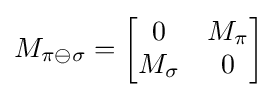
M_{\pi \ominus \sigma }={\begin{bmatrix}0&M_{\pi }\\M_{\sigma }&0\end{bmatrix}}